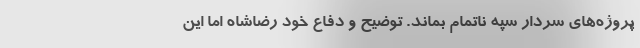
پروژه‌های سردار سپه ناتمام بماند. توضیح و دفاع خود رضاشاه اما این